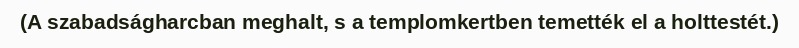
(A szabadságharcban meghalt, s a templomkertben temették el a holttestét.)